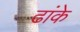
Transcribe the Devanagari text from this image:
ढांके